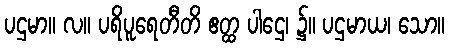
ပဌမာ။ လ။ ပရိပူရေတီတိ ဧတ္ထ ပါဌေ၊ ၌။ ပဌမာယ၊ သော။